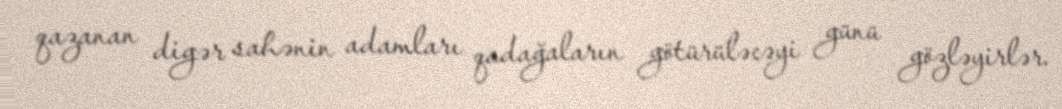
qazanan digər sahənin adamları qadağaların götürüləcəyi günü gözləyirlər.